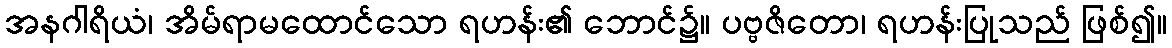
အနဂါရိယံ၊ အိမ်ရာမထောင်သော ရဟန်း၏ ဘောင်၌။ ပဗ္ဗဇိတော၊ ရဟန်းပြုသည် ဖြစ်၍။